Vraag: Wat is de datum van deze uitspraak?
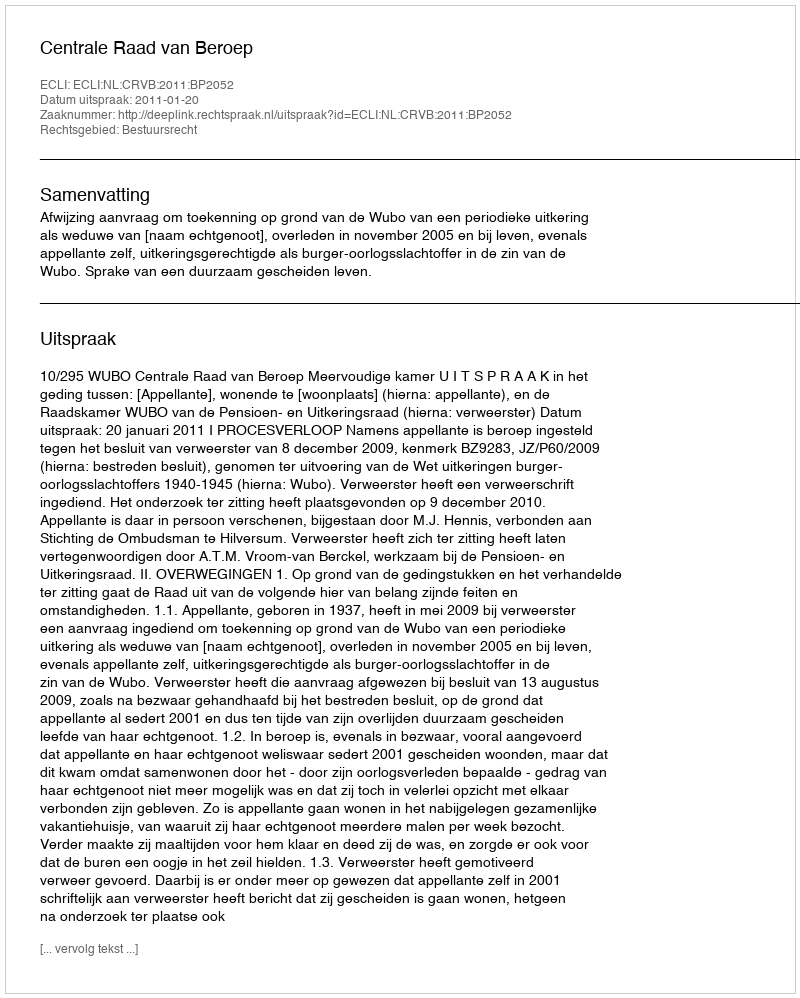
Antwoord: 2011-01-20